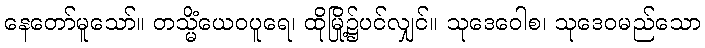
နေတော်မူသော်။ တသ္မိံယေဝပူရေ၊ ထိုမြို့၌ပင်လျှင်။ သုဒေဝေါစ၊ သုဒေဝမည်သော